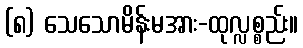
(၈) သေသောမိန်းမအား-ထုလ္လစ္စည်း။